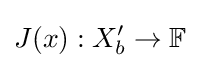
J(x):X_{b}^{\prime }\to \mathbb {F}